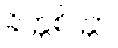
ခိတ္တစိတ္တာ